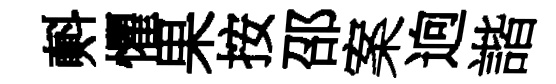
㪺懼果按邵案逈諧